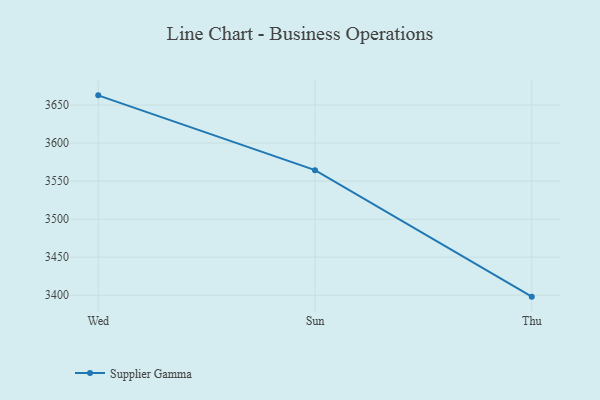
{"axis": {"x": "Day", "y": "Headcount"}, "legend": ["Supplier Gamma"], "data": [{"x": "Wed", "y": 3662.7, "type": "Supplier Gamma"}, {"x": "Sun", "y": 3564.4, "type": "Supplier Gamma"}, {"x": "Thu", "y": 3398.1, "type": "Supplier Gamma"}]}